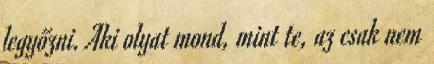
legyőzni. Aki olyat mond, mint te, az csak nem